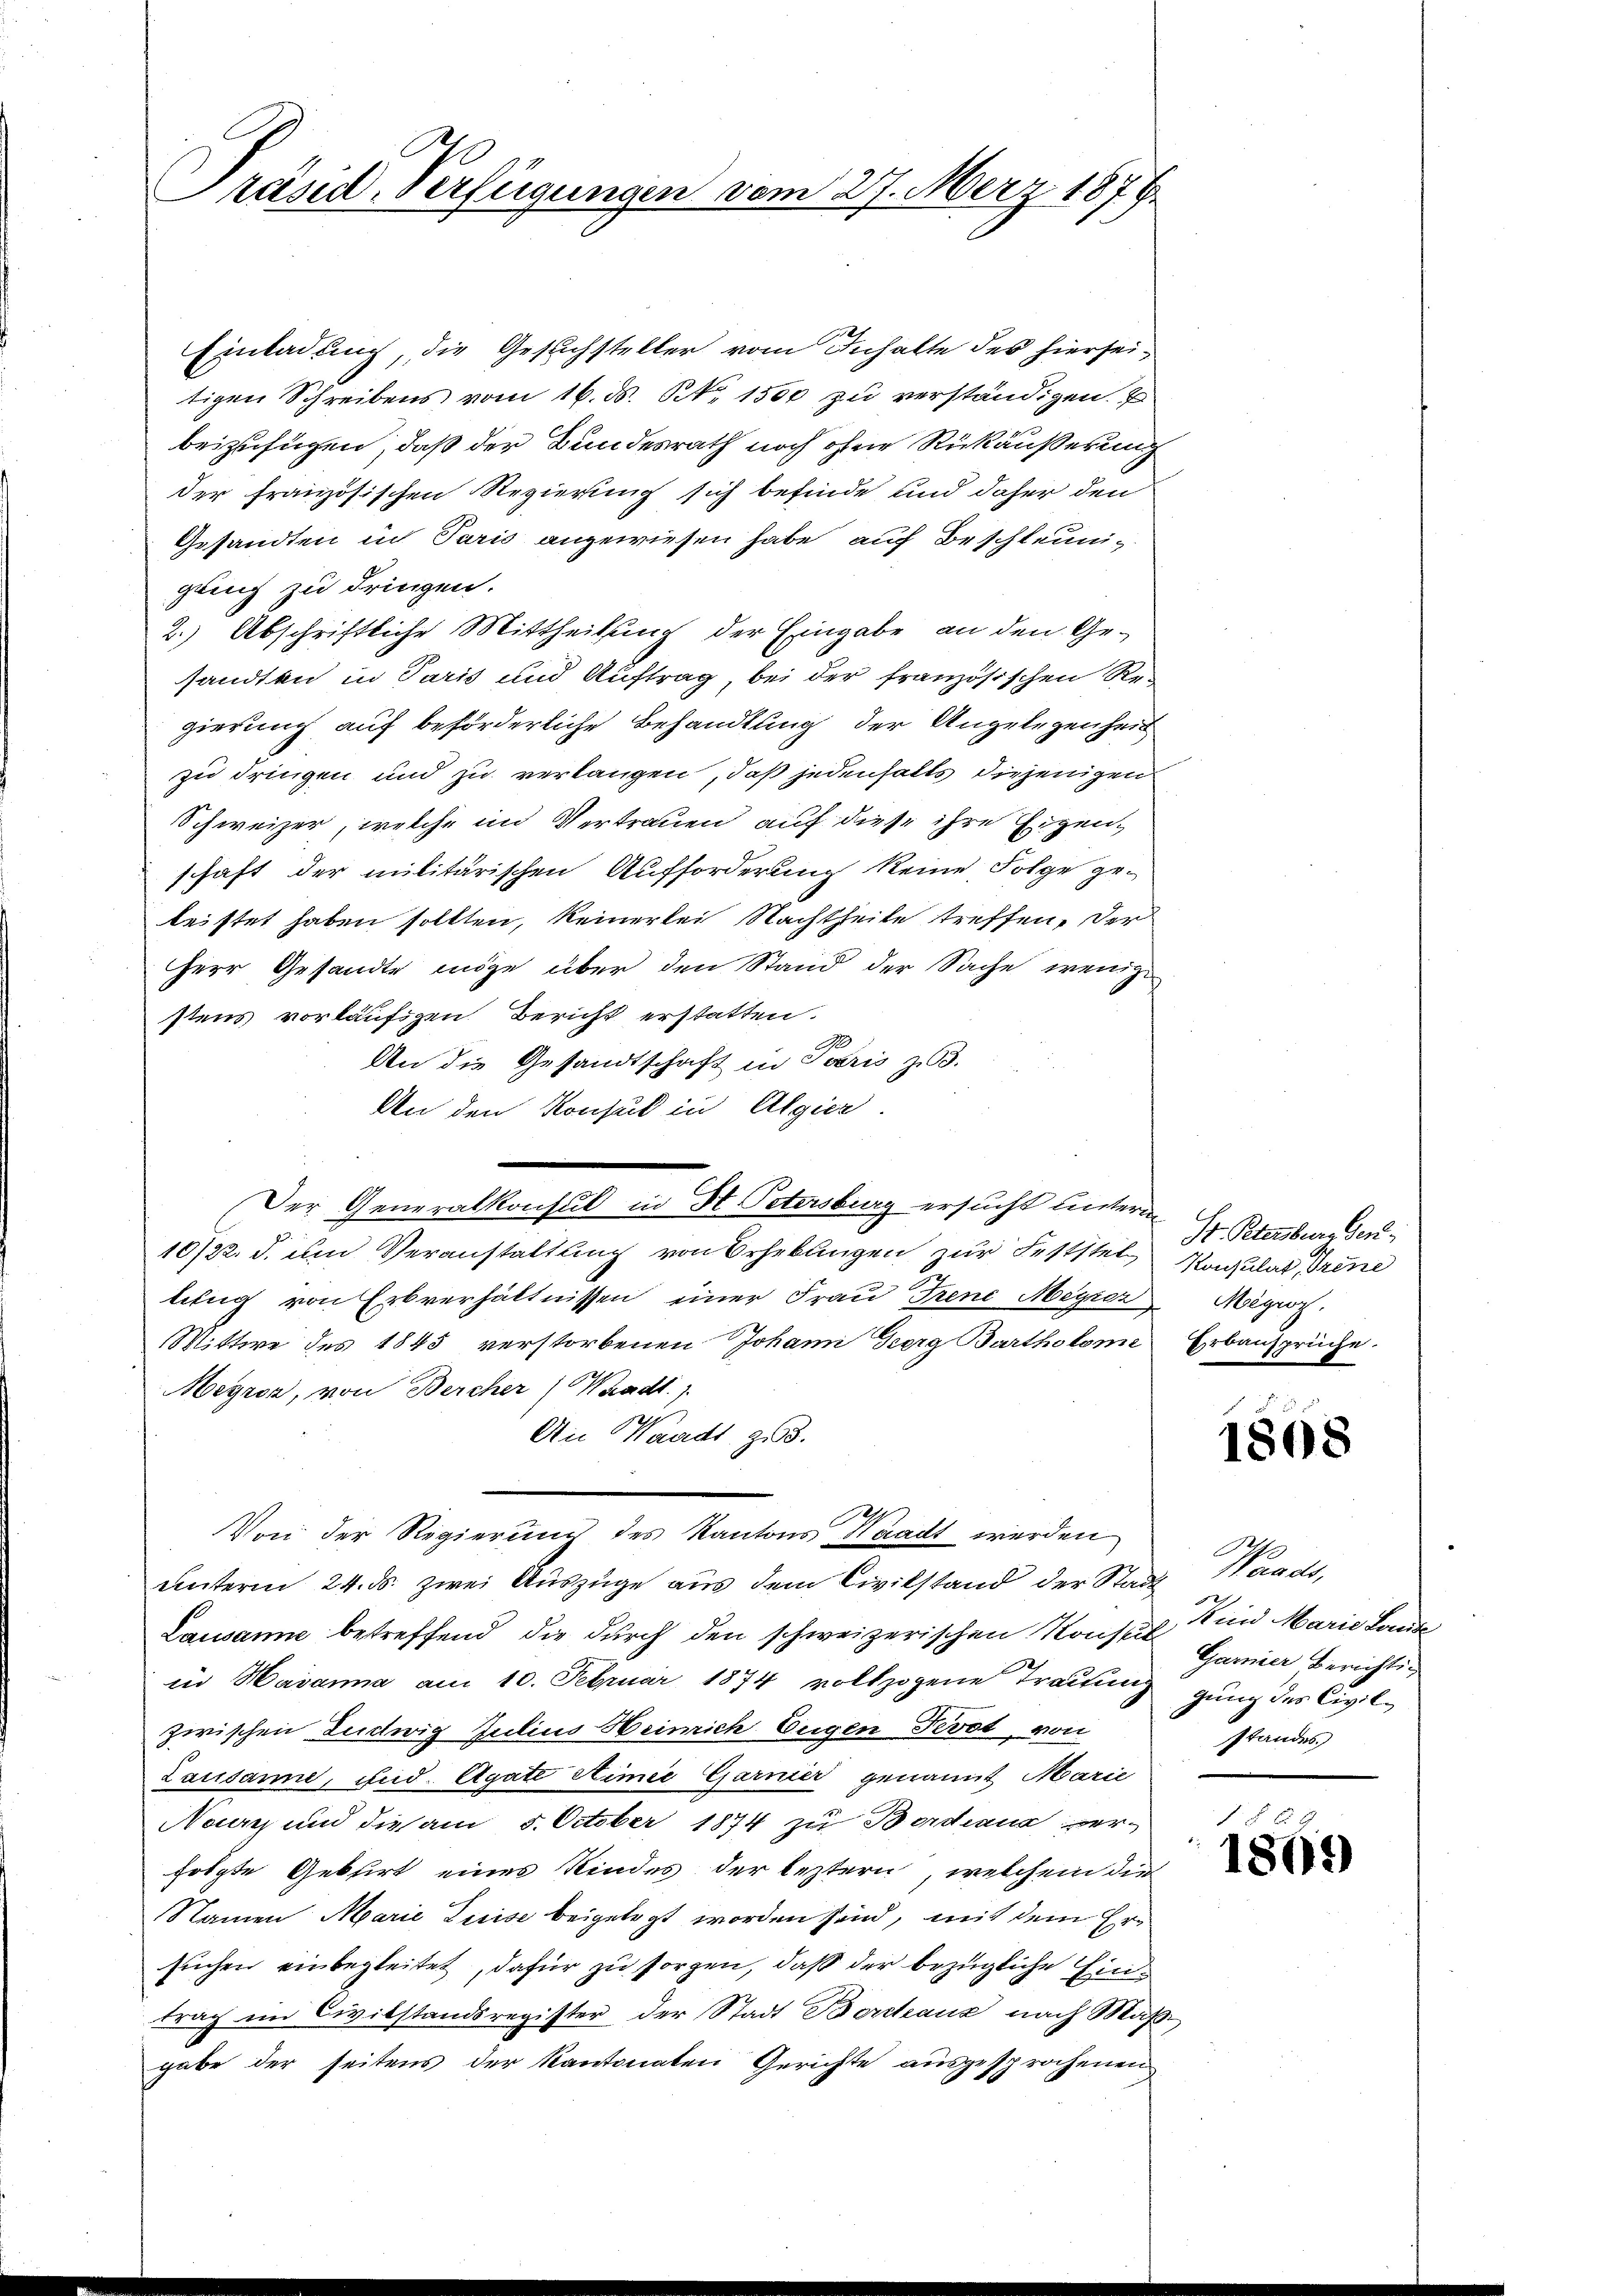
Präsid. Verfügungen vom 27. März 1879.

Einladung, die Gesuchsteller vom Inhalte des hierseitigen Schreibens vom 16. d. NNo. 1500 zu verständigen. E
beizufügen, daß der Bundesrath noch ohne Rückäußerung
der französischen Regierung sich befinde und daher den
Gesandten in Paris angewiesen habe, auf Beschleunigling zu dringen.
2.) Abschriftliche Mittheilung der Eingabe an den Gesandten in Paris und Auftrag, bei der französischen Re-
gierung auf beförderliche Behandlung der Angelegenheit
zu dringen und zu verlangen, daß jedenfalls diejenigen
Schweizer, welche in Vertrauen auf diese ihre Eigen,
schaft der militärischen Aufforderung keine Folge geleistet haben sollten, keinerlei Nachtheile treffen, der
Herr Gesandte möge über den Stand der Sache wenig
stens vorläufigen Bericht erstatten.
2
An die Gesandtschaft in Paris zu 3.
An den Konsul in Algier
10/22. d. um Veranstaltung von Erheblingen zur Feststel
lung von Erbverhältnissen einer Frau Trene Meyrer Magis
Mittwe des 1845 verstorbenen Johann Georg Bartholomi
Meyrer, von Bercher Waadt.)
An Waadt, z. B.
Von der Regierung des Kantons Waadt werden
unterm 24. ds. zwei Auszüge aus dem Civilstand der Stadt
Lausanne betreffend die durch den schweizerischen Konst Sara Berichtig
in Havanna am 10. Februar 1874 vollzogene Trauung gung des Civilzwischen Ludwig Julius Heinrich Eugen Pevot, von
Lausanne, und. Agate Simee Garnier genannt Marie
Nauz und die am 5. October 1874 zu Bordeaus ver-
folgte Gebirt eines Kindes der leztern, welchem die
Namen Marie Luise beigelegt worden sind, mit dem Ersuchen einbegleitet, dafür zu sorgen, daß der bezügliche Eintrag im Civilstandsregister der Stadt Boretanz nach Maßgabe der seitens der Kantonaten Gerichte ausgesprochenen

Der Generalkonsul in H. Petersburg ersucht unterne

St. Petersburg Gen
Konsulat, Trene
Erbansprüche.

1898

Waadt,
Kind Marie Lande
standes

1869